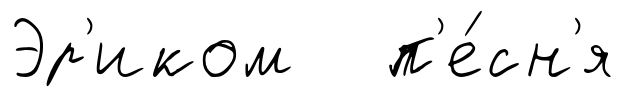
Эр'иком п'е́сн'я